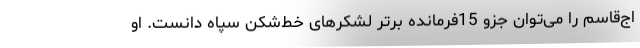
اج‌قاسم را می‌توان جزو 15فرمانده برتر لشکرهای خط‌شکن سپاه دانست. او